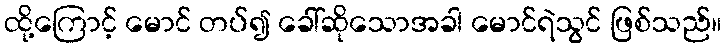
ထို့ကြောင့် မောင် တပ်၍ ခေါ်ဆိုသောအခါ မောင်ရဲသွင် ဖြစ်သည်။